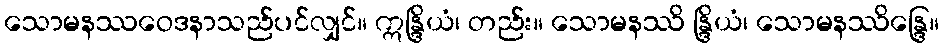
သောမနဿဝေဒနာသည်ပင်လျှင်။ ဣန္ဒြိယံ၊ တည်း။ သောမနဿိ န္ဒြိယံ၊ သောမနဿိန္ဒြေ။